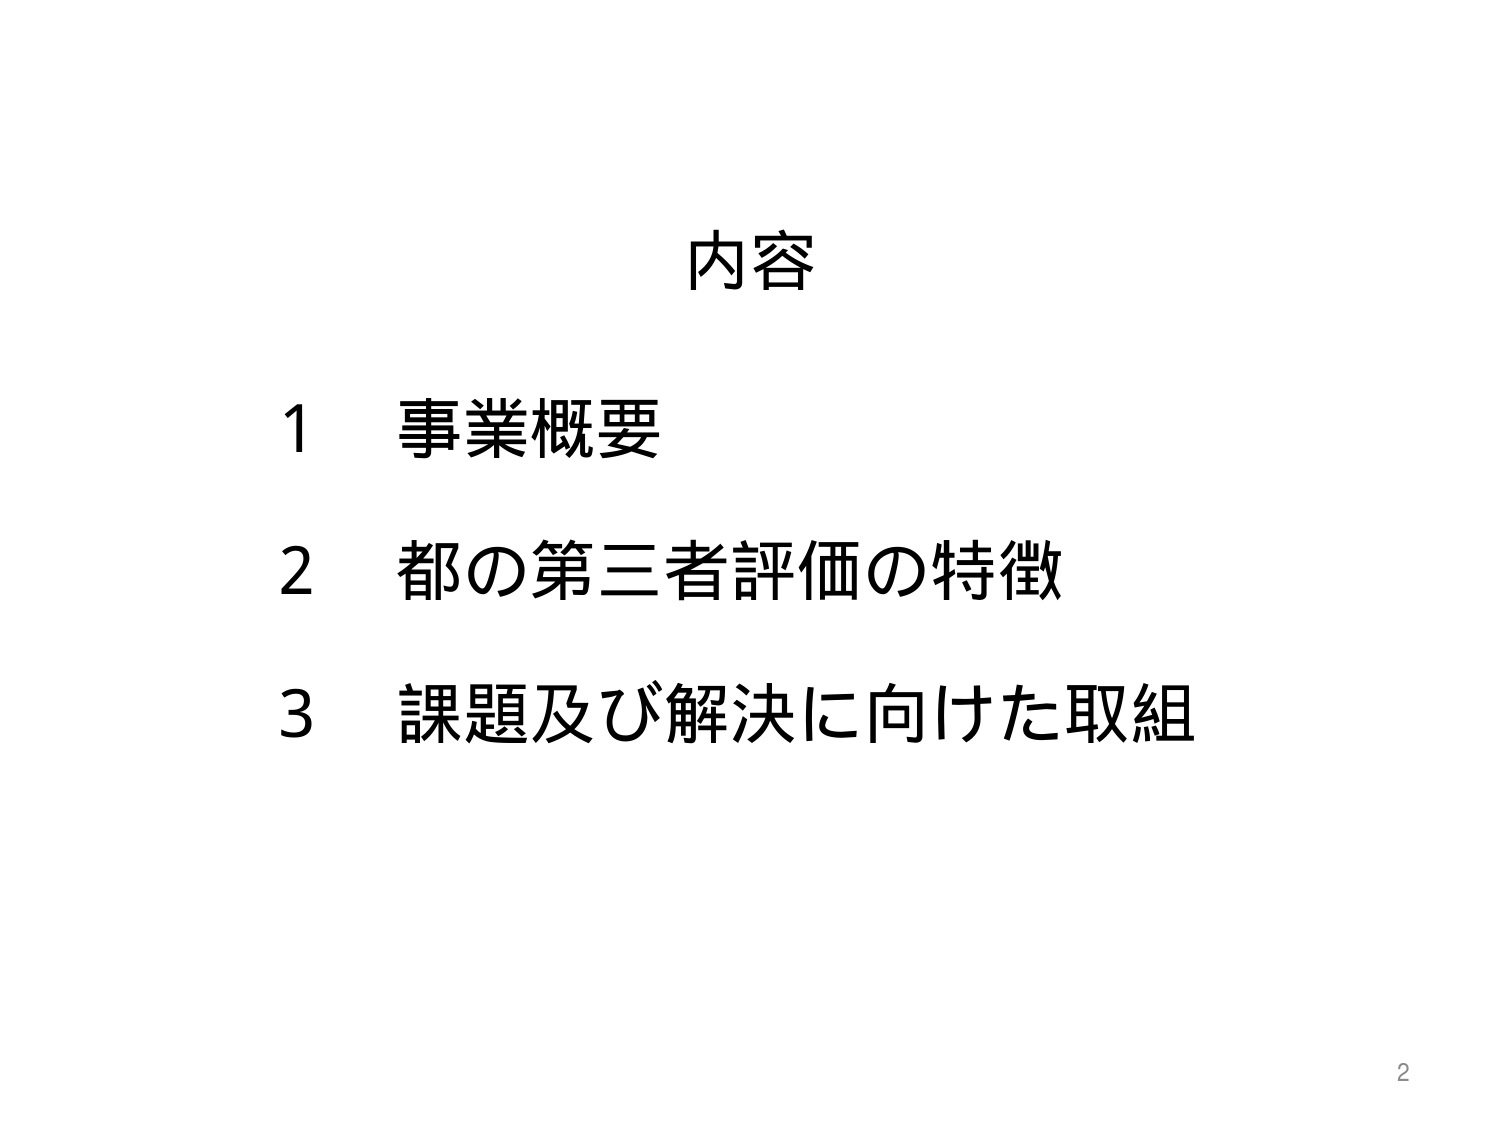
内容

1 事業概要
2 都の第三者評価の特徴
3 課題及び解決に向けた取組

2